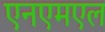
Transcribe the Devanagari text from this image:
एनएमएल